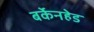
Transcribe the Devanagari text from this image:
बर्केनहेड